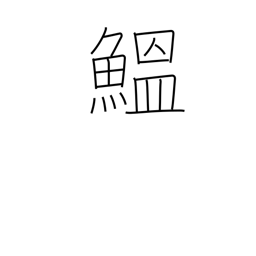
Meaning: sardine